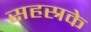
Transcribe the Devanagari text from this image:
सहस्रके